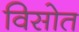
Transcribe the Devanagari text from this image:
विसोत